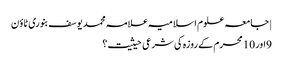
| جامعہ علوم اسلامیہ علامہ محمد یوسف بنوری ٹاؤن
9اور 10 محرم کے روزہ کی شرعی حیثیت؟